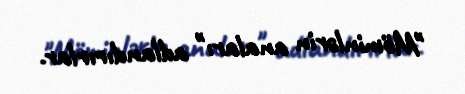
"Möminlərin anaları" adlandırırlar.